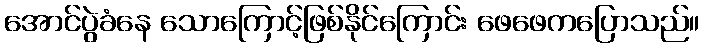
အောင်ပွဲခံနေ သောကြောင့်ဖြစ်နိုင်ကြောင်း ဖေဖေကပြောသည်။